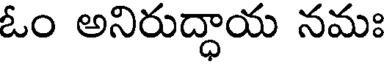
ఓం అనిరుద్ధాయ నమః